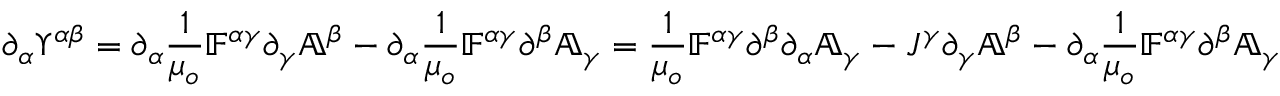
\partial _ { \alpha } \Upsilon ^ { \alpha \beta } = \partial _ { \alpha } \frac { 1 } { \mu _ { o } } \mathbb { F } ^ { \alpha \gamma } \partial _ { \gamma } \mathbb { A } ^ { \beta } - \partial _ { \alpha } \frac { 1 } { \mu _ { o } } \mathbb { F } ^ { \alpha \gamma } \partial ^ { \beta } \mathbb { A } _ { \gamma } = \frac { 1 } { \mu _ { o } } \mathbb { F } ^ { \alpha \gamma } \partial ^ { \beta } \partial _ { \alpha } \mathbb { A } _ { \gamma } - J ^ { \gamma } \partial _ { \gamma } \mathbb { A } ^ { \beta } - \partial _ { \alpha } \frac { 1 } { \mu _ { o } } \mathbb { F } ^ { \alpha \gamma } \partial ^ { \beta } \mathbb { A } _ { \gamma }